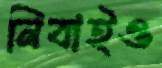
নিবাইও